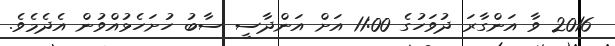
2016 ވާ އަންގާރަ ދުވަހުގެ 11:00 އަށް އަންދާސީ ސާބު ހުށަހެޅުއްވުން އެދެމެވެ.